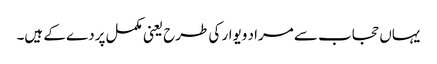
یہاں حجاب سے مراد ویوار کی طرح یعنی مکمل پردے کے ہیں۔